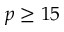
p \ge 1 5